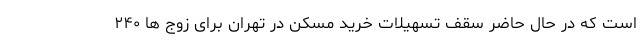
است که در حال حاضر سقف تسهیلات خرید مسکن در تهران برای زوج ها ۲۴۰